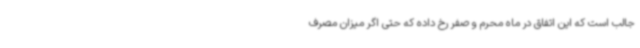
جالب است که این اتفاق در ماه محرم و صفر رخ داده که حتی اگر میزان مصرف